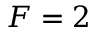
F = 2